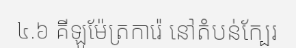
៤.៦ គីឡូម៉ែត្រការ៉េ នៅតំបន់ក្បែរ